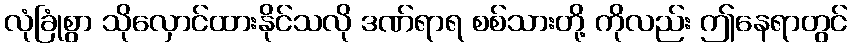
လုံခြုံစွာ သိုလှောင်ထားနိုင်သလို ဒဏ်ရာရ စစ်သားတို့ ကိုလည်း ဤနေရာတွင်